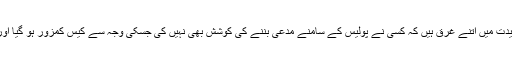
لوگ جہالت، بے حسی اور آندھی عقیدت میں اتنے غرق ہیں کہ کسی نے پولیس کے سامنے مدعی بننے کی کوشش بھی نہیں کی جسکی وجہ سے کیس کمزور ہو گیا اور وہ متولی جلد چھوٹ بھی جائے گا۔